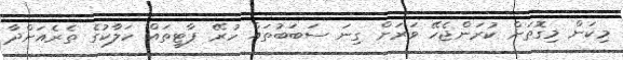
މިކަން މިގޮތަށް ކުރަންޖެހޭ ވަރަށް ގިނަ ސަބަބުތައް ހުރޭ ޕާޓީތައް ހަލާކުގެ ތެރެއަށްދާ